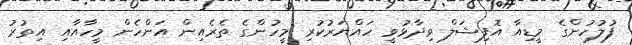
ފުލުހުންގެ މީޑިއާ އޮފިޝަލް ވިދާޅުވީ ހައްޔަރުކުރި މީހުންގެ ތެރެއިން އަންހެން މީހާއާއި އިތުރު